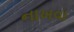
નાખવા